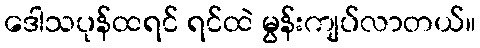
ဒေါသပုန်ထရင် ရင်ထဲ မွန်းကျပ်လာတယ်။